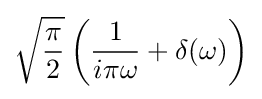
{\sqrt {\frac {\pi }{2}}}\left({\frac {1}{i\pi \omega }}+\delta (\omega )\right)